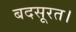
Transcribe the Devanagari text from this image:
बदसूरत।